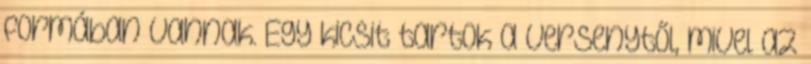
formában vannak. Egy kicsit tartok a versenytől, mivel az